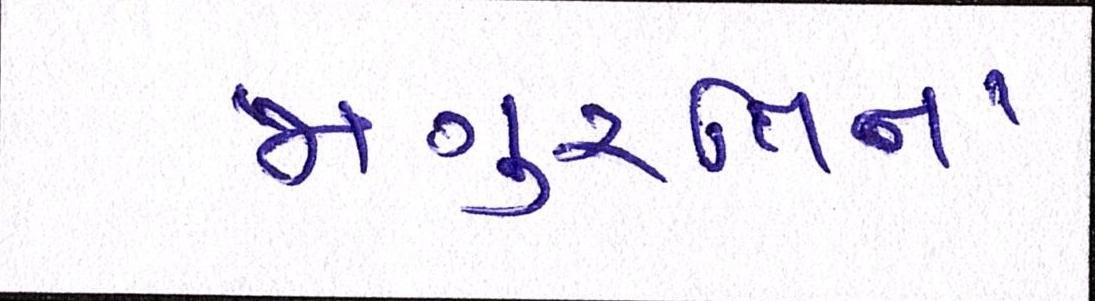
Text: જાગુ્રતિના